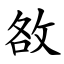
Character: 敋